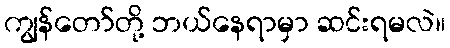
ကျွန်တော်တို့ ဘယ်နေရာမှာ ဆင်းရမလဲ။